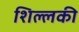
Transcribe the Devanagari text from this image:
शिल्लकी